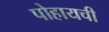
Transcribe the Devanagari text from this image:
पोहायची